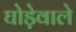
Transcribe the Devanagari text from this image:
घोड़ेवाले